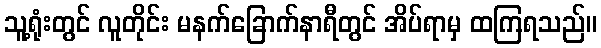
သူ့ရုံးတွင် လူတိုင်း မနက်ခြောက်နာရီတွင် အိပ်ရာမှ ထကြရသည်။